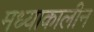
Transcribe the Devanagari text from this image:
मध्याकालीन